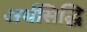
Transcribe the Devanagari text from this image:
अर्थसिद्धि